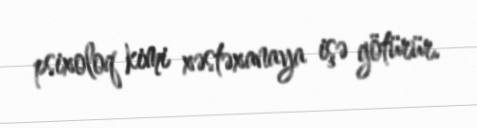
psixoloq kimi xəstəxanaya işə götürür.